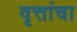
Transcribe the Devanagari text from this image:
वृत्तांचा